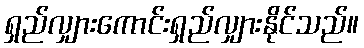
ရှည်လျှားကောင်းရှည်လျှားနိုင်သည်။